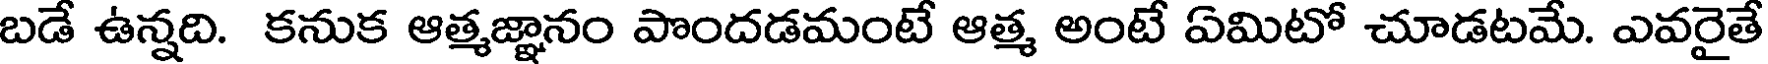
బడే ఉన్నది. కనుక ఆత్మజ్ఞానం పొందడమంటే ఆత్మ అంటే ఏమిటో చూడటమే. ఎవరైతే